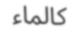
كالماء